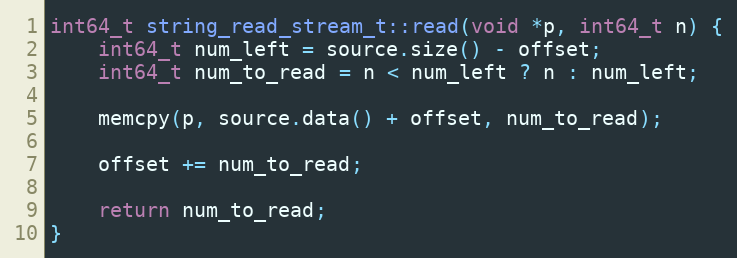
Language: C++
int64_t string_read_stream_t::read(void *p, int64_t n) {
    int64_t num_left = source.size() - offset;
    int64_t num_to_read = n < num_left ? n : num_left;

    memcpy(p, source.data() + offset, num_to_read);

    offset += num_to_read;

    return num_to_read;
}